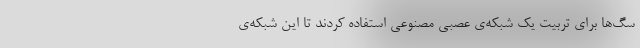
سگ‌ها برای تربیت یک شبکه‌ی عصبی مصنوعی استفاده کردند تا این شبکه‌ی